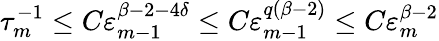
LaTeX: \tau_{m}^{-1}\leq C\varepsilon_{m-1}^{\beta-2-4\delta}\leq C\varepsilon_{m-1}^{q(\beta-2)}\leq C\varepsilon_{m}^{\beta-2}